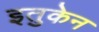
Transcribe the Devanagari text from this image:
इतुकेन